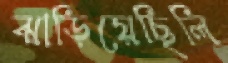
ঝাড়িয়েছিলি